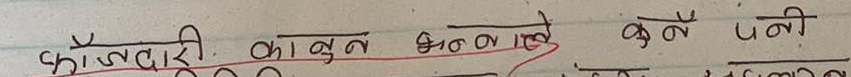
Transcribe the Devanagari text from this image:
काँजदी का बन बनाए बुने पानी